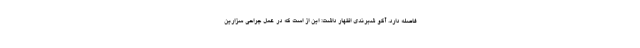
فاصله دارد. آکو شبرندی اظهار داشت: این از است که در عمل جراحی سزارین